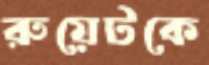
রুয়েটকে